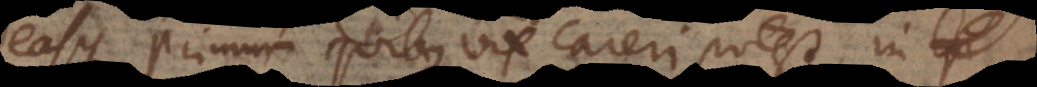
easque primum quibus vix careri potest, in